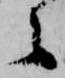
之